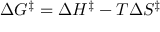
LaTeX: \Delta G ^ { \ddagger } = \Delta H ^ { \ddagger } - T \Delta S ^ { \ddagger }